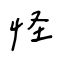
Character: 怪